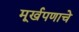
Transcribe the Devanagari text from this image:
मूर्खपणाचे